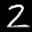
Label: 2